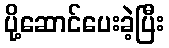
ပို့ဆောင်ပေးခဲ့ပြီး